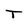
Character: T